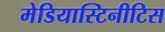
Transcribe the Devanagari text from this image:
मेडियास्टिनीटिस